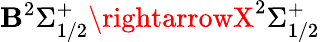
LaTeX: \mathbf{B}^{2}\Sigma_{1/2}^{+}\rightarrowX^{2}\Sigma_{1/2}^{+}